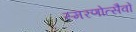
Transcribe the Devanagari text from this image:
स्मरणोत्सैवों